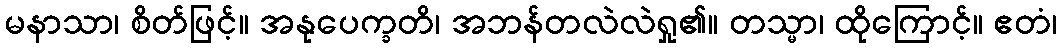
မနာသာ၊ စိတ်ဖြင့်။ အနုပေက္ခတိ၊ အဘန်တလဲလဲရှု၏။ တသ္မာ၊ ထိုကြောင့်။ ဧတံ၊